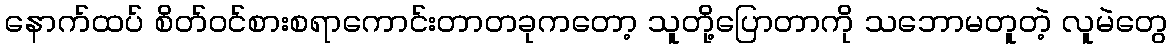
နောက်ထပ် စိတ်ဝင်စားစရာကောင်းတာတခုကတော့ သူတို့ပြောတာကို သဘောမတူတဲ့ လူမဲတွေ